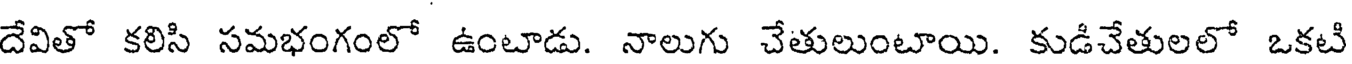
దేవితో కలిసి సమభంగంలో ఉంటాడు. నాలుగు చేతులుంటాయి. కుడిచేతులలో ఒకటి